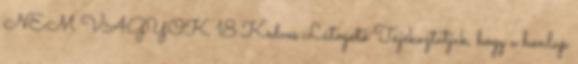
NEM VAGYOK 18 Kedves Látogató Tájékoztatjuk, hogy a honlap